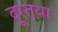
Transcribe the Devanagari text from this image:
दूरतया